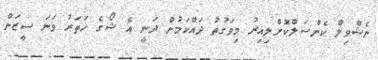
ނެޝްވިލް ކެންސަލްކޮށްލިއިރު މިވަގުތު ދައްކަމުން ދަނީ އެ ޝޯގެ ހަތަރު ވަނަ ސީޒަން